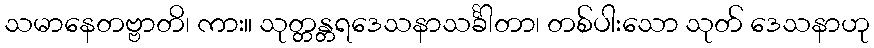
သမာနေတဗ္ဗာတိ၊ ကား။ သုတ္တန္တရဒေသနာသင်္ခါတာ၊ တစ်ပါးသော သုတ် ဒေသနာဟု